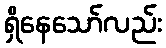
ရှိနေသော်လည်း